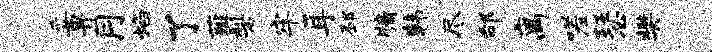
妥畀月焰了薤梨牢耳邳牖韩尽邰离嗟瑟樊